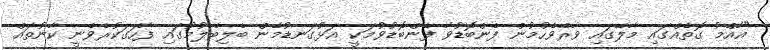
"އާއްމު ގޮތެއްގައި މާލޭގައި ވާރޭވެހުމުން ފެންބޮޑުވާ ފެންބޮޑުވުމަކީ އަޅުގަނޑުމެން ބެލިބެލުމުގައި ފާހަގަކުރެވެނީ ކާނުތައް